Continuation classes and employment agencies, 1910
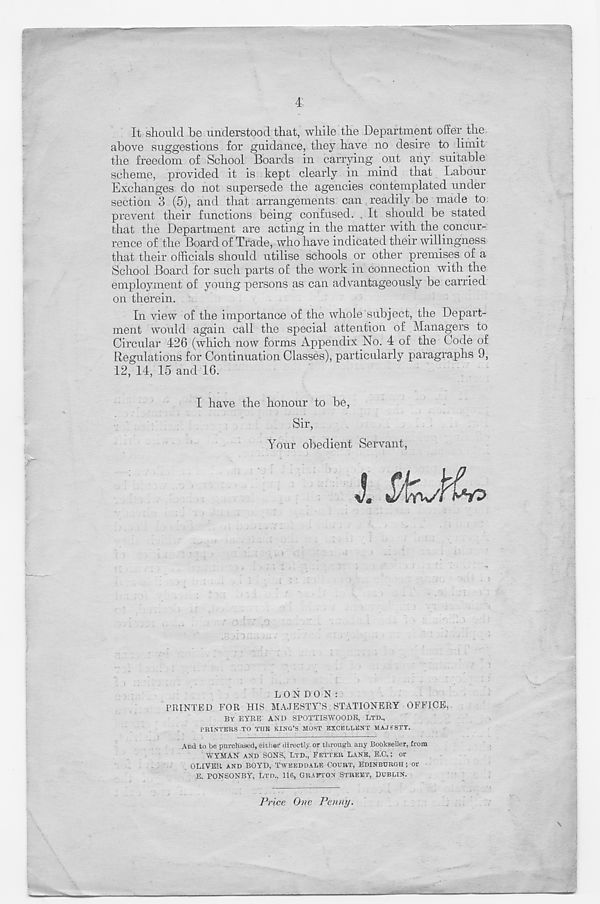
4
It should be understood that, while the Department offer the
above suggestions for guidance, they have no desire to limit
the freedom of School Boards in carrying out any suitable
scheme, provided it is kept clearly in mind that Labour
Exchanges do not supersede the agencies contemplated under
section 3 (5), and that arrangements can readily be made to
prevent their functions being confused. . It should be stated
that the Department are acting in the matter with the concur-
rence of the Board of Trade, who have indicated their willingness
that their officials should utilise schools or other premises of a
School Board for such parts of the work in connection with the
employment of young persons as can advantageously be carried
on therein.
In view of the importance of the whole subject, the Depart-
ment would again call the special attention of Managers to
Circular 426 (which now forms Appendix No. 4 of the Code of
Regulations for Continuation Classes), particularly paragraphs 9,
12, 14, 15 and 16.
I have the honour to be,
Sir,
Your obedient Servant,
LONDON:
PRINTED FOR HIS MAJESTY’S STATIONERY OFFICE,
BY EYRE AND SPOTTISWOODE, LTD.,
PRINTERS TO THE KING’S MOST EXCELLENT MAJFSTY.
And to be purchased, either directly or through any Bookseller, from
WYMAN AND SONS, LTD., FETTER LANE, E.C.; or
OLIVER AND BOYD, TWKEDDALE COURT, EDINBURGH ; Or
E. PONSONBY, LTD., 116, GRAFTON STREET, DUBLIN.
\
Price One Penny.